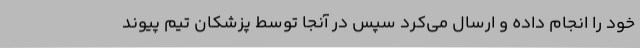
خود را انجام داده و ارسال می‌کرد سپس در آنجا توسط پزشکان تیم پیوند